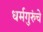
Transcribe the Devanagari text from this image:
धर्मगुरुंचे